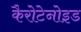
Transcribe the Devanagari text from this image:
कैरोटेनोइड